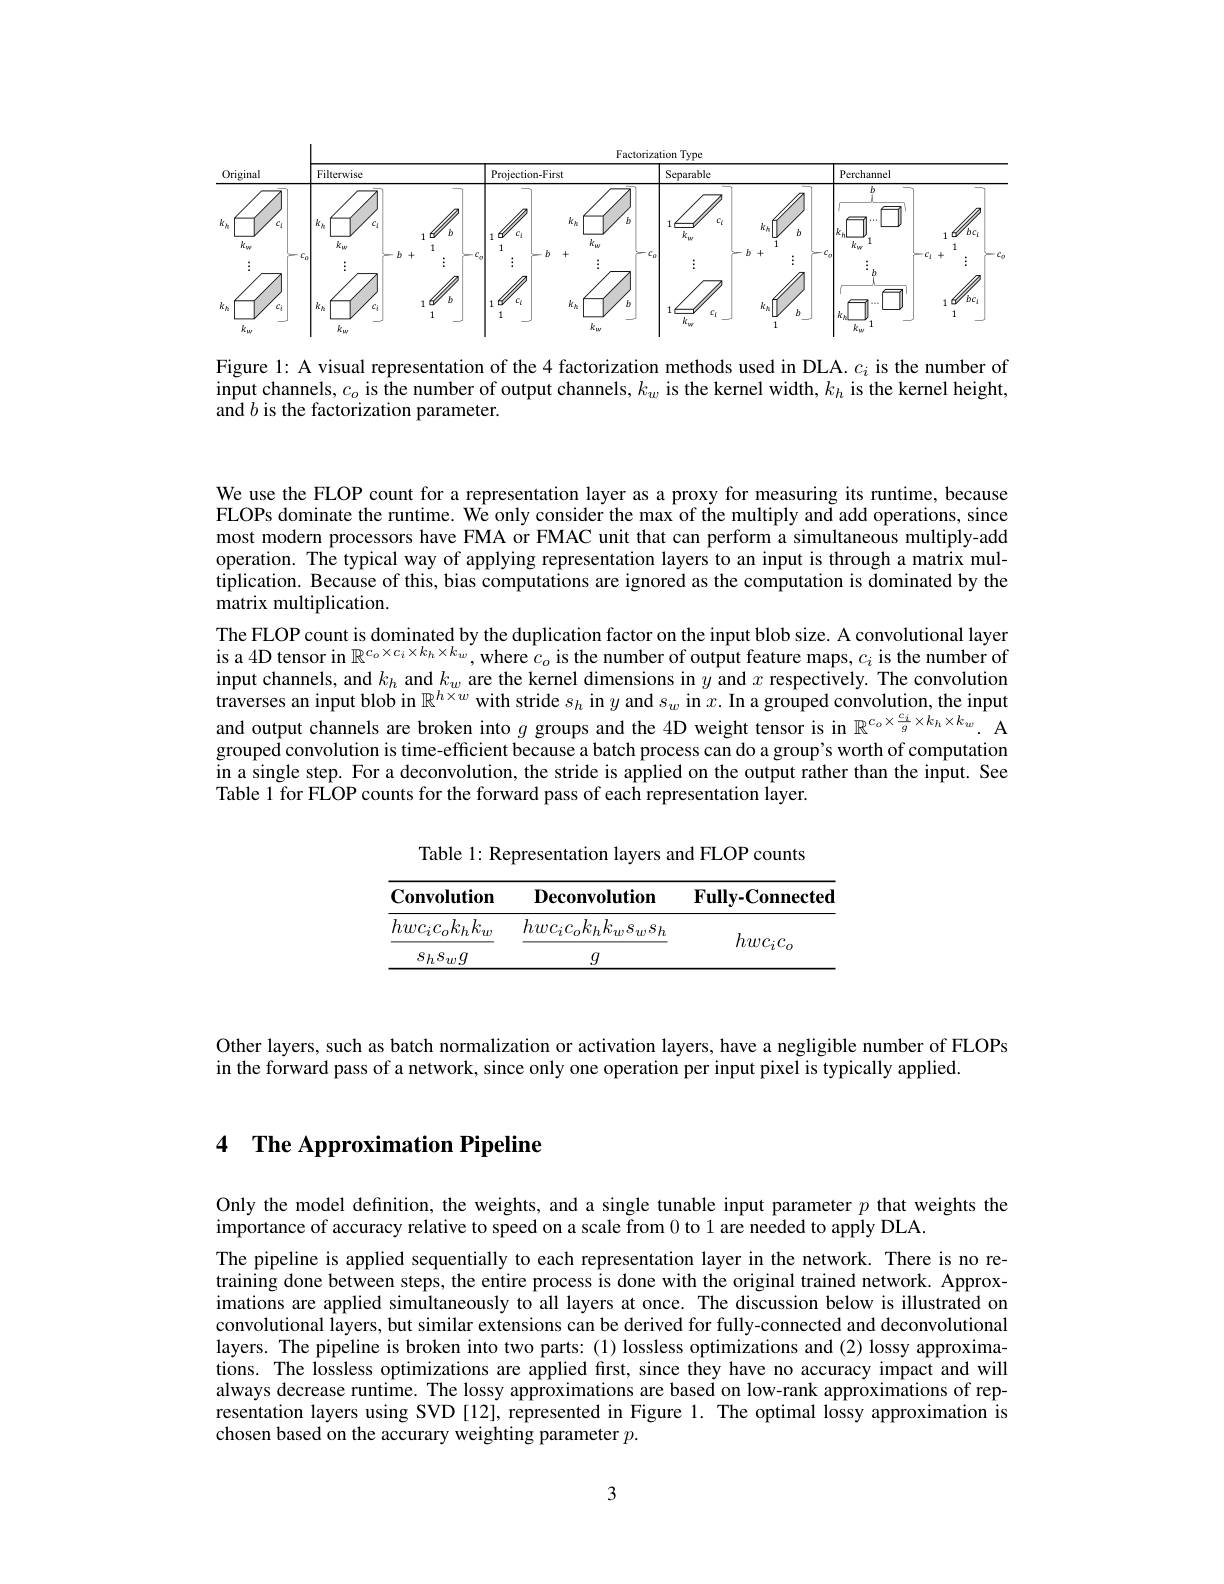
<FigureHere>

Figure 1: A visual representation of the 4 factorization methods used in DLA. $c_i$ is the number of input channels, $c_o$ is the number of output channels, $k_w$ is the kernel width, $k_h$ is the kernel height, and $b$ is the factorization parameter.

We use the FLOP count for a representation layer as a proxy for measuring its runtime, because FLOPs dominate the runtime. We only consider the max of the multiply and add operations, since most modern processors have FMA or FMAC unit that can perform a simultaneous multiply-add operation. The typical way of applying representation layers to an input is through a matrix multiplication. Because of this, bias computations are ignored as the computation is dominated by the matrix multiplication.
The FLOP count is dominated by the duplication factor on the input blob size. A convolutional layer is a 4D tensor in $\mathbb{R}^{c_o\times c_i\times k_h\times k_w}$, where $c_o$ is the number of output feature maps, $c_i$ is the number of input channels, and $k_h$ and $k_w$ are the kernel dimensions in $y$ and $x$ respectively. The convolution traverses an input blob in $\mathbb{R} ^{h\times w}$ with stride $s_{h}$ in $y$ and $s_{w}$ in $x.$In a grouped convolution, the input and output channels are broken into $g$ groups and the 4D weight tensor is in $\mathbb{R} ^{{c_{o}\times \frac {c_{i}}g\times k_{h}\times k_{w}}}.$ A grouped convolution is time-efficient because a batch process can do a group's worth of computation in a single step. For a deconvolution, the stride is applied on the output rather than the input. See Table 1 for FLOP counts for the forward pass of each representation layer.

Table 1: Representation layers and FLOP counts

<table>
	<tbody>
		<tr>
			<th>Convolution</th>
			<th>${\mathbf{Deconvolution}}$</th>
			<th>Fully-Connected</th>
		</tr>
		<tr>
			<td>$hwc_{i}c_{o}k_{h}k_{w}$</td>
			<td>$hwc_{i}c_{o}k_{h}k_{w}s_{w}s_{h}$</td>
			<td rowspan="2">$hwc_ic_o$</td>
		</tr>
		<tr>
			<td>$s_{h}s_{w}g$</td>
			<td>$g$</td>
		</tr>
	</tbody>
</table>

Other layers, such as batch normalization or activation layers, have a negligible number of FLOPs
in the forward pass of a network, since only one operation per input pixel is typically applied.

## 4 The Approximation Pipeline

Only the model definition, the weights, and a single tunable input parameter $p$ that weights the
importance of accuracy relative to speed on a scale from 0 to 1 are needed to apply DLA.

The pipeline is applied sequentially to each representation layer in the network. There is no retraining done between steps, the entire process is done with the original trained network. Approximations are applied simultaneously to all layers at once. The discussion below is illustrated on convolutional Îayers, but similar extensions can be derived for fully-connected and deconvolutional layers. The pipeline is broken into two parts:(1) lossless optimizations and (2) lossy approximations. The lossless optimizations are applied first, since they have no accuracy impact and will always decrease runtime. The lossy approximations are based on low-rank approximations of representation layers using SVD [12], represented in Figure 1. The optimal lossy approximation is chosen based on the accurary weighting parameter $p.$

3